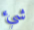
شيء